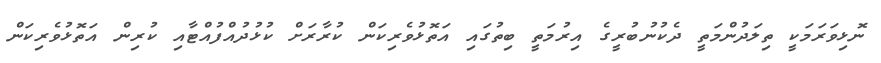
ނޮޅިވަރަމަކީ ތިލަދުންމަތީ ދެކުނުބުރީގެ އިރުމަތީ ބިތުގައި އަތޮޅުވެރިކަން ކުރާރަށް ކުޅުދުއްފުއްޓާއި ކުރިން އަތޮޅުވެރިކަން